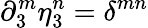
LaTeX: \partial_{3}^{m}\eta_{3}^{n}=\delta^{mn}